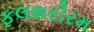
ફલશરીરમ